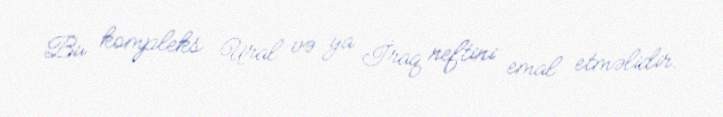
Bu kompleks Ural və ya İraq neftini emal etməlidir.